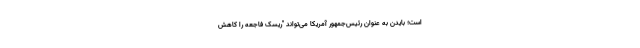
است؛ بایدن به عنوان رئیس‌جمهور آمریکا می‌تواند "ریسک فاجعه را کاهش